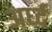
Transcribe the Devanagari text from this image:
अर्ध्द